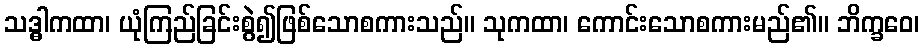
သဒ္ဓါကထာ၊ ယုံကြည်ခြင်းစွဲ၍ဖြစ်သောစကားသည်။ သုကထာ၊ ကောင်းသောစကားမည်၏။ ဘိက္ခဝေ၊